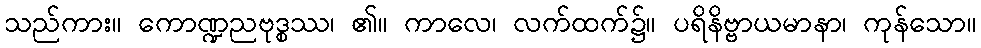
သည်ကား။ ကောဏ္ဍညဗုဒ္စဿ၊ ၏။ ကာလေ၊ လက်ထက်၌။ ပရိနိဗ္ဗာယမာနာ၊ ကုန်သော။